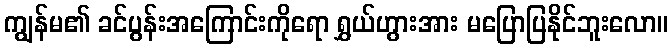
ကျွန်မ၏ ခင်ပွန်းအကြောင်းကိုရော ရွှယ်ဟွားအား မပြောပြနိုင်ဘူးလော။